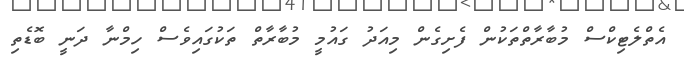
އެތްލެޓިކްސް މުބާރާތްތަކުން ފެށިގެން މިއަދު ގައުމީ މުބާރާތް ތަކުގައިވެސް ހިމްނާ ދަނީ ބޮޑެތި